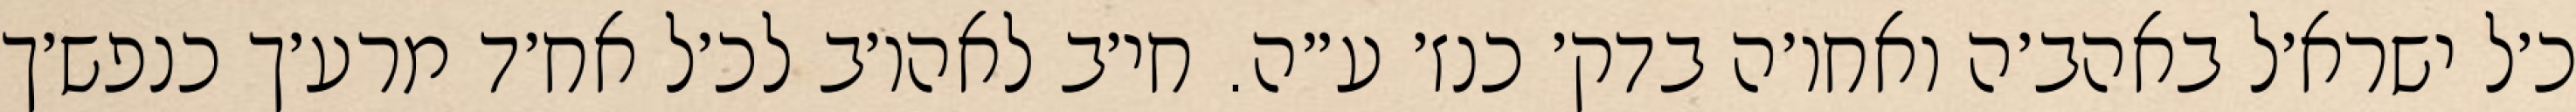
כ׳ל ישרא׳ל באהב׳ה ואחו׳ה בדק׳ כנז׳ ע״ה. חי׳ב לאהו׳ב לכ׳ל אח׳ד מרע׳ך כנפש׳ך